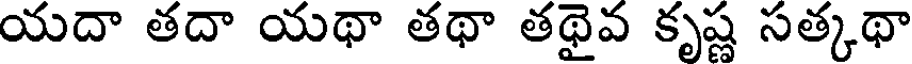
యదా తదా యథా తథా తథైవ కృష్ణ సత్కథా